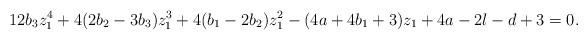
LaTeX: \begin{align*} 12b_3z_1^4 + 4(2b_2-3b_3)z_1^3 + 4(b_1-2b_2)z_1^2 - (4a+4b_1+3)z_1 + 4a-2l-d+3 = 0.\end{align*}